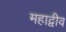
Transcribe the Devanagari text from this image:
महाद्वीव